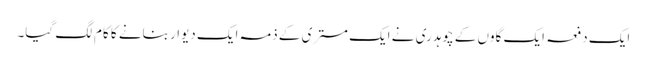
ایک دفعہ ایک گاوں کے چوہدری نے ایک مستری کے ذمہ ایک دیوار بنانے کا کام لگ گیا۔